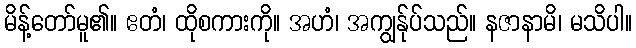
မိန့်တော်မူ၏။ ဧတံ၊ ထိုစကားကို။ အဟံ၊ အကျွန်ုပ်သည်။ နဇာနာမိ၊ မသိပါ။